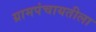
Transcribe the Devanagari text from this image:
ग्रामपंचायतीला